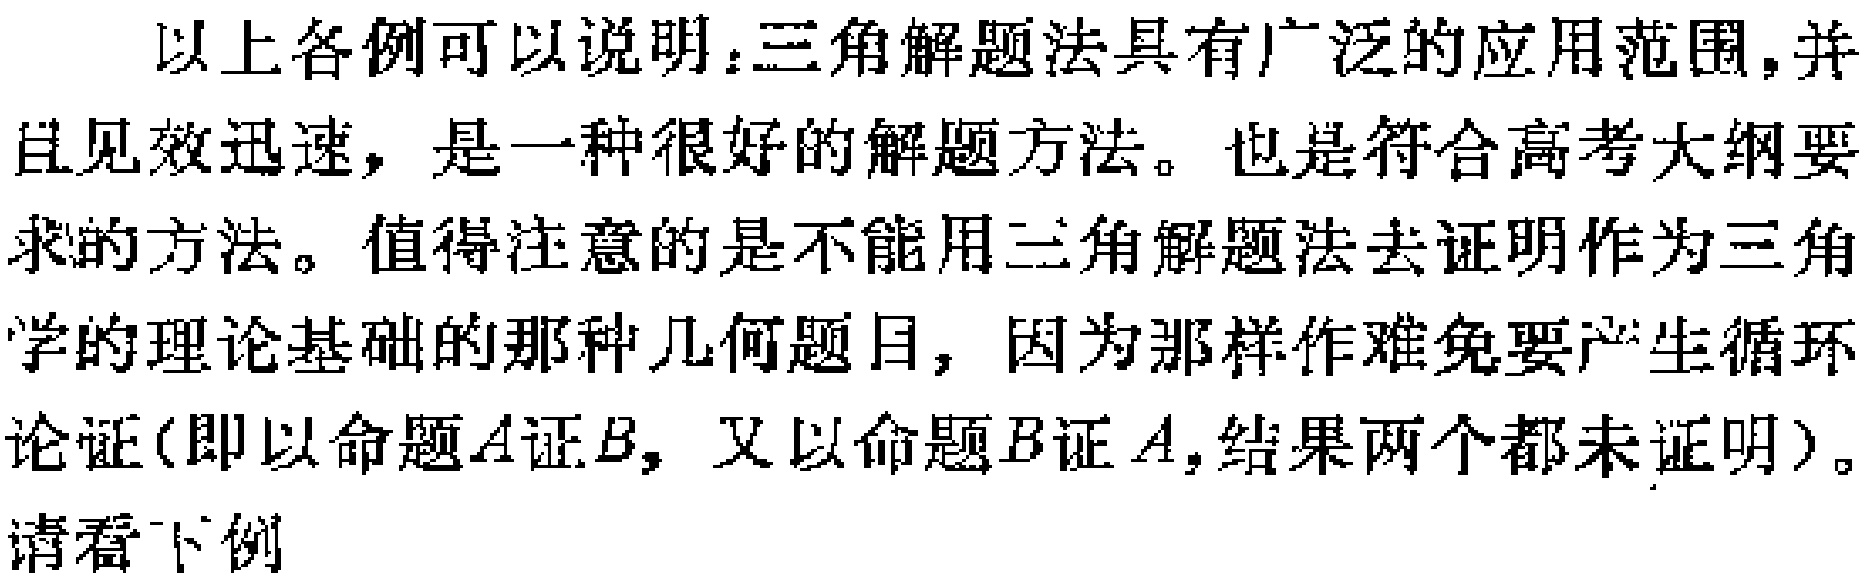
以上各例可以说明：三角解题法具有广泛的应用范围，并且见效迅速，是一种很好的解题方法。也是符合高考大纲要求的方法。值得注意的是不能用三角解题法去证明作为三角学的理论基础的那种几何题目，因为那样作难免要产生循环论证(即以命题\(A\)证\(B\)，又以命题\(B\)证\(A\)，结果两个都未证明)。请看下例